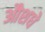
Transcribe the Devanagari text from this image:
औशधे